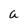
Character: a